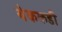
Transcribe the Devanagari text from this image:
थेककडी